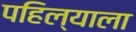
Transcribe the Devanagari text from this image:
पहिल्याला